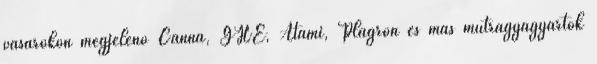
vásárokon megjelenő Canna, GHE, Atami, Plagron és más műtrágyagyártók